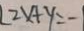
( 2 x + y = -